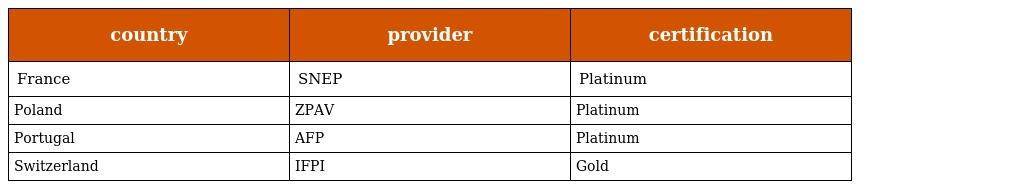
| country | provider | certification |
 | --- | --- | --- |
 | France | SNEP | Platinum |
 | Poland | ZPAV | Platinum |
 | Portugal | AFP | Platinum |
 | Switzerland | IFPI | Gold |